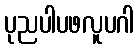
ပုညပါပဖလူပဂါ